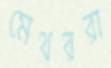
মেথররা